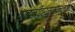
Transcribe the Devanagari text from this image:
पातळीदरम्यानच्या